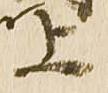
上